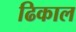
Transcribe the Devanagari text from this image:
ढिकाल